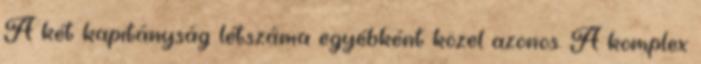
A két kapitányság létszáma egyébként közel azonos. A komplex